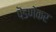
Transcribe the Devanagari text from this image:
पॆडणेकर